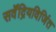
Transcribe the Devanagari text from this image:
सर्वेंद्रियविजिंत